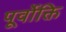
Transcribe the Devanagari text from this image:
पूर्वोक्ति